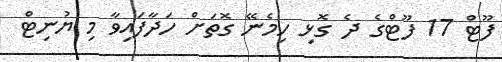
ފޫޓް 17 ފޫޓްގެ ދެ ގޮޅި ހިމެނޭ ގޮތަށް ހަދާފައިވާ މި ޔުނިޓް